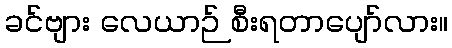
ခင်ဗျား လေယာဉ် စီးရတာပျော်လား။